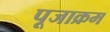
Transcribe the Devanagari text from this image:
पूजाक्रम